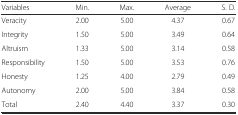
| Variables | Min. | Max. | Average | S. D. |
 | --- | --- | --- | --- | --- |
 | Veracity | 2.00 | 5.00 | 4.37 | 0.67 |
 | Integrity | 1.50 | 5.00 | 3.49 | 0.64 |
 | Altruism | 1.33 | 5.00 | 3.14 | 0.58 |
 | Responsibility | 1.50 | 5.00 | 3.53 | 0.76 |
 | Honesty | 1.25 | 4.00 | 2.79 | 0.49 |
 | Autonomy | 2.00 | 5.00 | 3.84 | 0.58 |
 | Total | 2.40 | 4.40 | 3.37 | 0.30 |